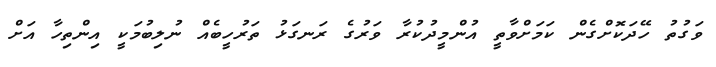
ވަގުތު ހޭދަކޮށްގެން ކަމަށްވާތީ އުުންމީދުކުރާ ވަރުގެ ރަނގަޅު ތަރުހީބެއް ނުލިބުުމަކީ އިންތިހާ އަށް